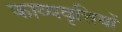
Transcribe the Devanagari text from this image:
काव्यवृत्तियों